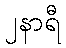
၂နာရီ